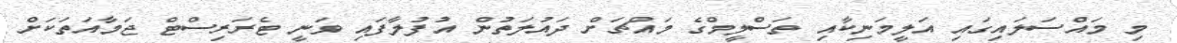
މި މައްސަލައިގައި އަލީމަނިކާއި ތަސްލީމްގެ މައްޗަށް ދައުލަތުން އުފުލާފައި ވަނީ ޓެރަރިސްޓް ޖަމާއަތަކަށް